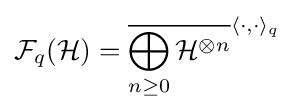
{\mathcal {F}}_{q}({\mathcal {H}})={\overline {\bigoplus _{n\geq 0}{\mathcal {H}}^{\otimes n}}}^{\langle \cdot ,\cdot \rangle _{q}}